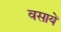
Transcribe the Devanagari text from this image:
वसायें